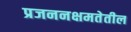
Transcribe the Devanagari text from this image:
प्रजननक्षमतेतील